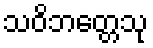
သဝိဘတ္တေသု